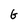
Character: G